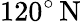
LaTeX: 120^{\circ}\, \mathrm{N}